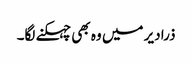
ذرا دیر میں وہ بھی چہکنے لگا۔